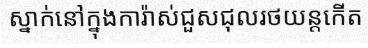
ស្នាក់នៅក្នុងការ៉ាស់ជួសជុលរថយន្តកើត